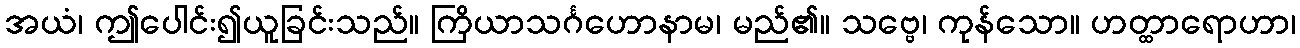
အယံ၊ ဤပေါင်း၍ယူခြင်းသည်။ ကြိယာသင်္ဂဟောနာမ၊ မည်၏။ သဗ္ဗေ၊ ကုန်သော။ ဟတ္ထာရောဟာ၊